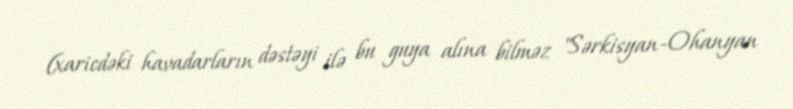
(xaricdəki havadarların dəstəyi ilə bu guya alına bilməz "Sərkisyan-Ohanyan